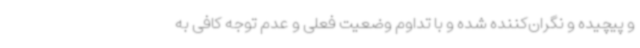
و پیچیده و نگران‌کننده شده و با تداوم وضعیت فعلی و عدم توجه کافی به